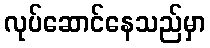
လုပ်ဆောင်နေသည်မှာ